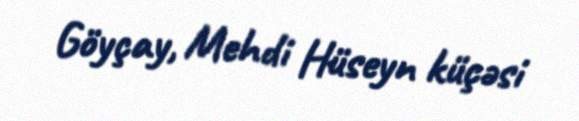
Göyçay, Mehdi Hüseyn küçəsi